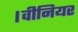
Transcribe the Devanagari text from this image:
।वीनियर